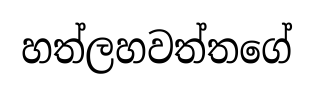
හත්ලහවත්තගේ